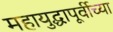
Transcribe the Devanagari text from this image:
महायुद्धापूर्वीच्या